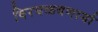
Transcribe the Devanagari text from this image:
विरघळवणार्या